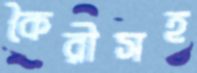
কৈরীসহ